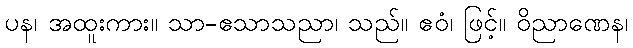
ပန၊ အထူးကား။ သာ-ဧသာသညာ၊ သည်။ ဧဝံ၊ ဖြင့်။ ဝိညာဏေန၊